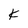
Character: K